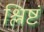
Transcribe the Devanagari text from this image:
श्लिष्टं